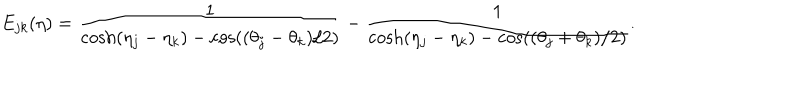
LaTeX: E _ { j k } ( \eta ) = \frac { 1 } { \cosh ( \eta _ { j } - \eta _ { k } ) - \cos ( ( \theta _ { j } - \theta _ { k } ) / 2 ) } - \frac { 1 } { \cosh ( \eta _ { j } - \eta _ { k } ) - \cos ( ( \theta _ { j } + \theta _ { k } ) / 2 ) } .